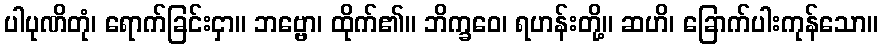
ပါပုဏိတုံ၊ ရောက်ခြင်းငှာ။ ဘဗ္ဗော၊ ထိုက်၏။ ဘိက္ခဝေ၊ ရဟန်းတို့။ ဆဟိ၊ ခြောက်ပါးကုန်သော။